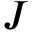
\boldsymbol { J }